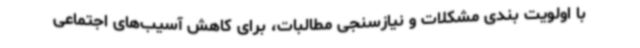
با اولویت بندی مشکلات و نیازسنجی مطالبات، برای کاهش آسیب‌های اجتماعی